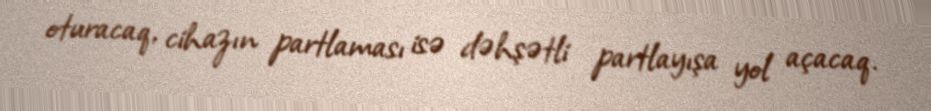
oturacaq, cihazın partlaması isə dəhşətli partlayışa yol açacaq.